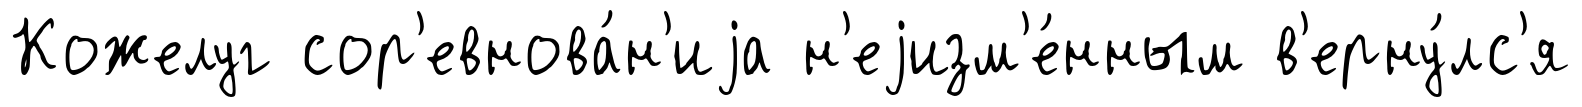
Кожелуг сор'евнова́н'иjа н'еjизм'е́нным в'ерну́лс'я